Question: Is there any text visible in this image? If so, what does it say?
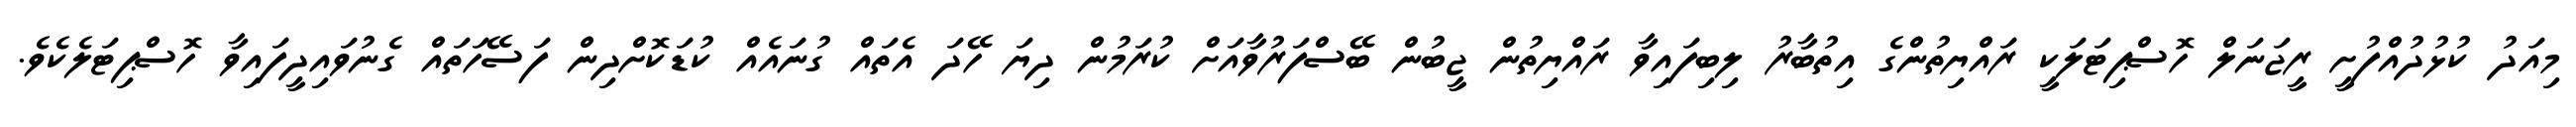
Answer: މިއަދު ކުޅުދުއްފުށީ ރީޖަނަލް ހޮސްޕިޓަލަކީ ރައްޔިތުންގެ އިތުބާރު ލިބިފައިވާ ރައްޔިތުން ޖީބުން ބޭސްފަރުވާއަށް ކުރަމުން ދިޔަ ހޭދަ އެތައް ގުނައެއް ކުޑަކޮށްދިން ފަސޭހަތައް ގެނުވައިދީފައިވާ ހޮސްޕިޓަލެކެވެ.